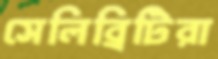
সেলিব্রিটিরা